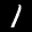
Label: 1